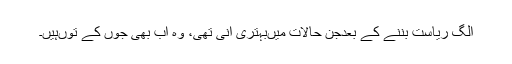
الگ ریاست بننے کے بعدجن حالات میںبہتری آنی تھی، وہ اب بھی جوں کے توںہیں۔